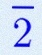
2